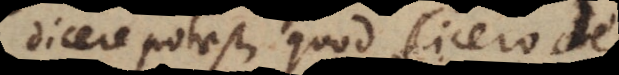
dicere potest, quod Cicero de